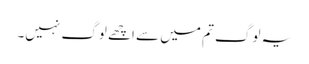
یہ لوگ تم میں سے اچھے لوگ نہیں۔